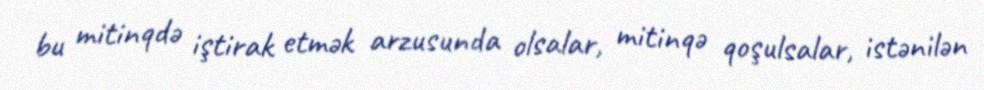
bu mitinqdə iştirak etmək arzusunda olsalar, mitinqə qoşulsalar, istənilən